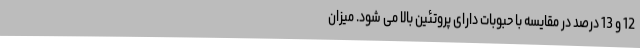
12 و 13 درصد در مقایسه با حبوبات دارای پروتئین بالا می شود. میزان